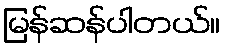
မြန်ဆန်ပါတယ်။